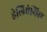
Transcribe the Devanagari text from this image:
हेलिएंथिस